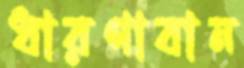
ধারণাবান